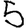
Digit: 5